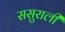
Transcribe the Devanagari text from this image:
ससुराली